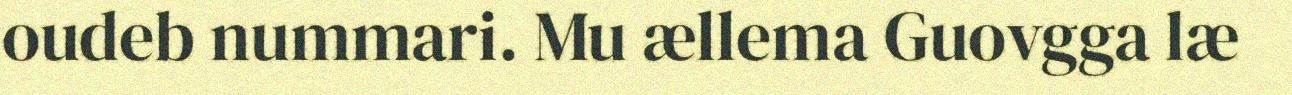
oudeb nummari. Mu ællema Guovgga læ